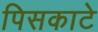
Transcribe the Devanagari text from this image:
पिसकाटे